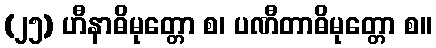
(၂၅) ဟီနာဓိမုတ္တော စ၊ ပဏီတာဓိမုတ္တော စ။